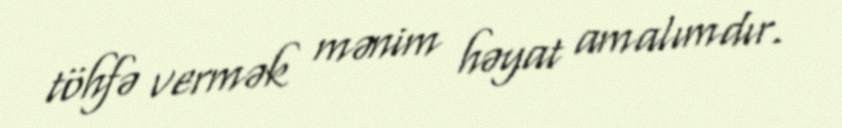
töhfə vermək mənim həyat amalımdır.